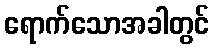
ရောက်သောအခါတွင်